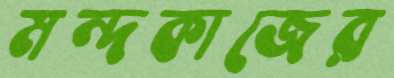
মন্দকাজের